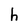
Character: h